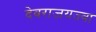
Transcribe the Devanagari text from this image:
देवराजयज्वा